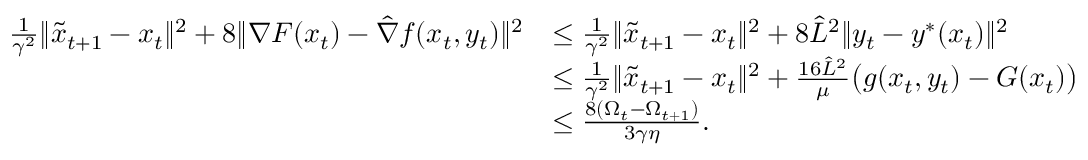
\begin{array} { r l } { \frac { 1 } { \gamma ^ { 2 } } \| \tilde { x } _ { t + 1 } - x _ { t } \| ^ { 2 } + 8 \| \nabla F ( x _ { t } ) - \hat { \nabla } f ( x _ { t } , y _ { t } ) \| ^ { 2 } } & { \leq \frac { 1 } { \gamma ^ { 2 } } \| \tilde { x } _ { t + 1 } - x _ { t } \| ^ { 2 } + 8 \hat { L } ^ { 2 } \| y _ { t } - y ^ { * } ( x _ { t } ) \| ^ { 2 } } \\ & { \leq \frac { 1 } { \gamma ^ { 2 } } \| \tilde { x } _ { t + 1 } - x _ { t } \| ^ { 2 } + \frac { 1 6 \hat { L } ^ { 2 } } { \mu } \big ( g ( x _ { t } , y _ { t } ) - G ( x _ { t } ) \big ) } \\ & { \leq \frac { 8 ( \Omega _ { t } - \Omega _ { t + 1 } ) } { 3 \gamma \eta } . } \end{array}